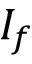
I _ { f }